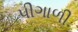
પીગાળી